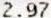
2.97